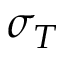
\sigma _ { T }